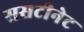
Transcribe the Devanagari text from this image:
ससटीनेट